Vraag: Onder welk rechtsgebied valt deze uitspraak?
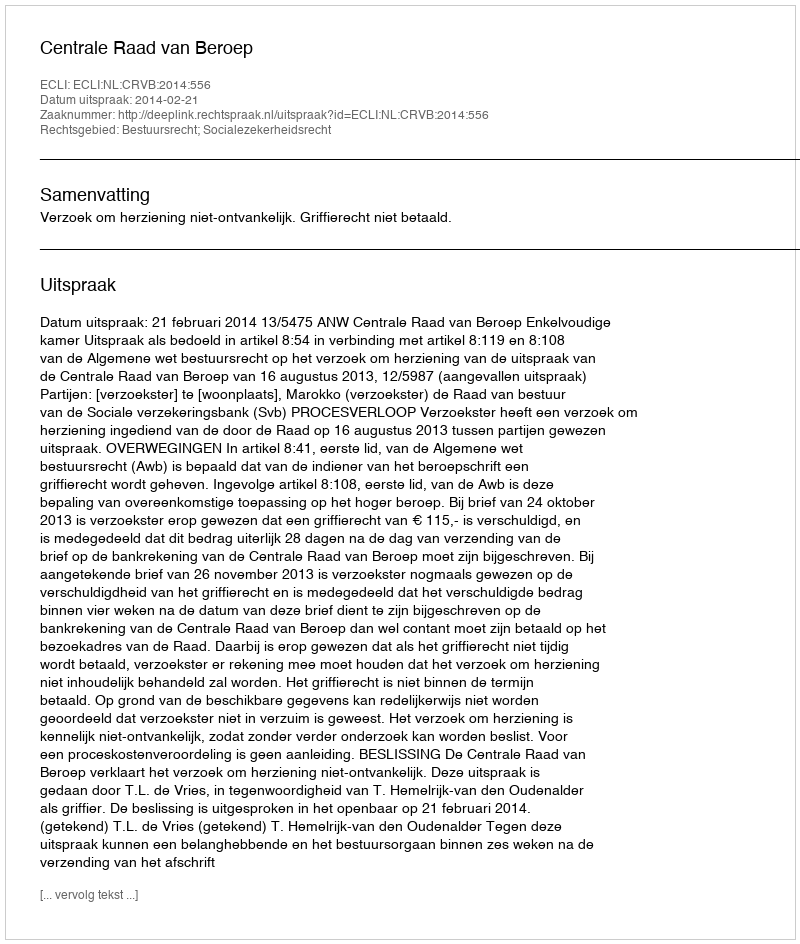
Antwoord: Bestuursrecht; Socialezekerheidsrecht